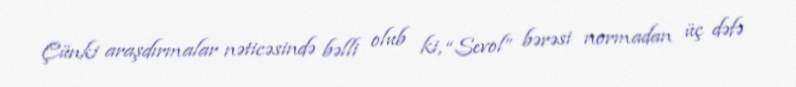
Çünki araşdırmalar nəticəsində bəlli olub ki, “Sevol” bərəsi normadan üç dəfə